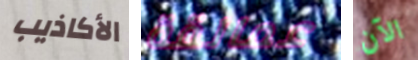
الأكاذيب عمالقة الآن